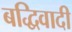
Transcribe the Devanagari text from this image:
बद्धिवादी